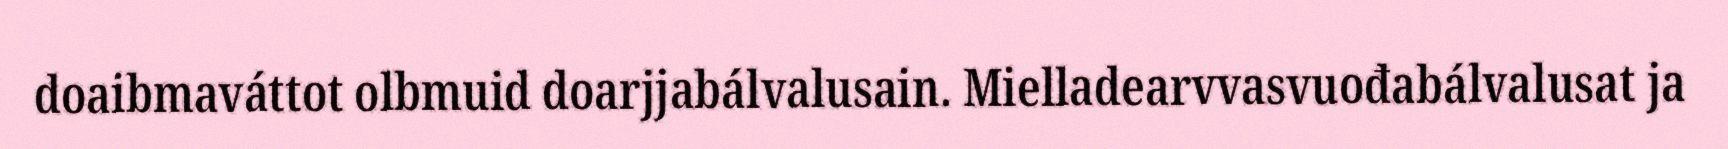
doaibmaváttot olbmuid doarjjabálvalusain. Mielladearvvasvuođabálvalusat ja